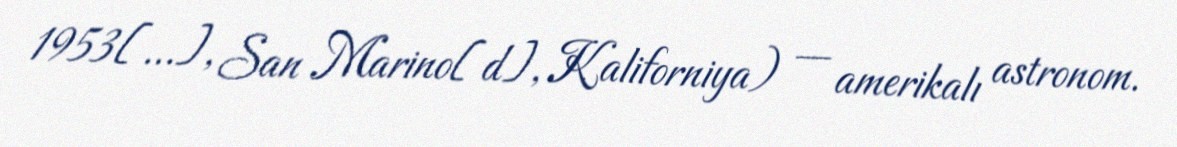
1953[…], San Marino[d], Kaliforniya) — amerikalı astronom.